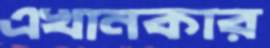
এখানকার